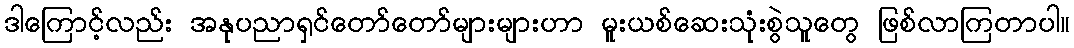
ဒါကြောင့်လည်း အနုပညာရှင်တော်တော်များများဟာ မူးယစ်ဆေးသုံးစွဲသူတွေ ဖြစ်လာကြတာပါ။